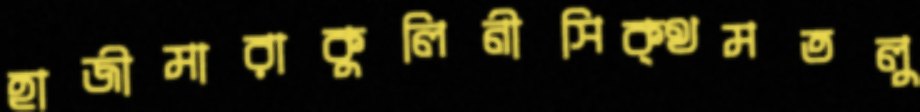
হাজীমারাকুলিনীসিক্থমতলু